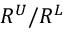
R ^ { U } / R ^ { L }